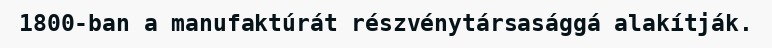
1800-ban a manufaktúrát részvénytársasággá alakítják.